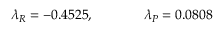
\lambda _ { R } = - 0 . 4 5 2 5 , ~ ~ ~ ~ ~ ~ ~ ~ ~ ~ ~ \lambda _ { P } = 0 . 0 8 0 8